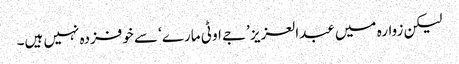
لیکن زوارہ میں عبدالعزیز ’جے او ٹی مارے‘ سے خوفزدہ نہیں ہیں۔